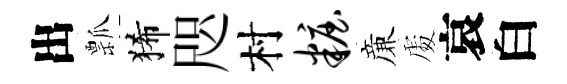
出瓢狶咫村妆亷𠁅哀白